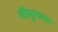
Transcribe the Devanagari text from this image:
वीलुनामा